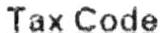
TAX CODE